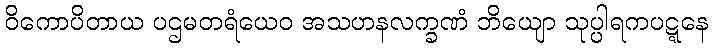
ဝိကောပိတာယ ပဌမတရံယေဝ အသဟနလက္ခဏံ ဘိယျော သုပ္ပါရကပဋ္ဋနေ